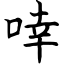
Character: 啈